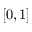
[ 0 , 1 ]